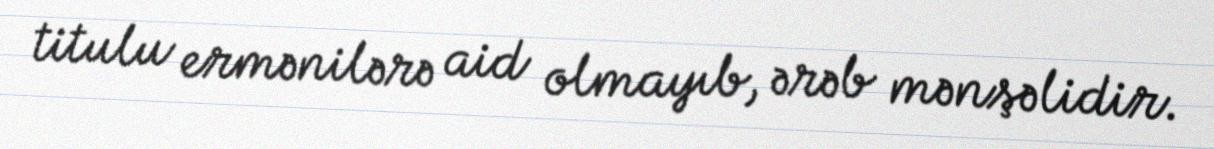
titulu ermənilərə aid olmayıb, ərəb mənşəlidir.